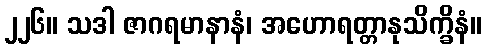
၂၂၆။ သဒါ ဇာဂရမာနာနံ၊ အဟောရတ္တာနုသိက္ခိနံ။